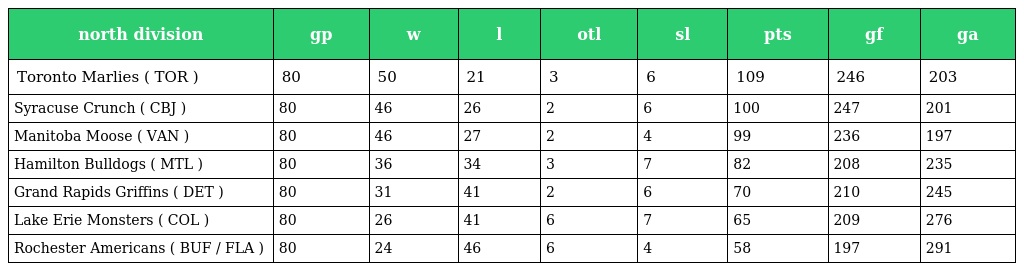
| north division | gp | w | l | otl | sl | pts | gf | ga |
 | --- | --- | --- | --- | --- | --- | --- | --- | --- |
 | Toronto Marlies ( TOR ) | 80 | 50 | 21 | 3 | 6 | 109 | 246 | 203 |
 | Syracuse Crunch ( CBJ ) | 80 | 46 | 26 | 2 | 6 | 100 | 247 | 201 |
 | Manitoba Moose ( VAN ) | 80 | 46 | 27 | 2 | 4 | 99 | 236 | 197 |
 | Hamilton Bulldogs ( MTL ) | 80 | 36 | 34 | 3 | 7 | 82 | 208 | 235 |
 | Grand Rapids Griffins ( DET ) | 80 | 31 | 41 | 2 | 6 | 70 | 210 | 245 |
 | Lake Erie Monsters ( COL ) | 80 | 26 | 41 | 6 | 7 | 65 | 209 | 276 |
 | Rochester Americans ( BUF / FLA ) | 80 | 24 | 46 | 6 | 4 | 58 | 197 | 291 |